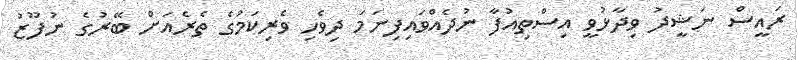
ރައީސް ނަޝީދު ވިދާޅުވީ އިސްތިއުފާ ނުދެއްވައިފިނަމަ ދިވެހި ވެރިކަމުގެ ތެރެއަށް ބޭރުގެ ނުފޫޒު